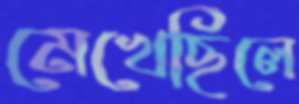
মেখেছিলে